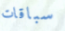
سباقات